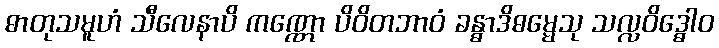
ဓာတုသမူဟံ သီလေနာပိ ကဏ္ဏော ပိဝိတဘာဝံ ခန္ဓာဒိဓမ္မေသု သလ္လဝိဒ္ဓေါဝ